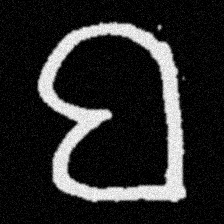
Pyu character \u2014 Myanmar letter: ဗ (romanized: ba)